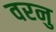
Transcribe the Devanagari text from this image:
वरनु